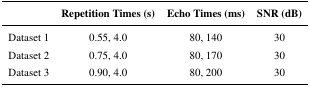
|  | Repetition Times (s) | Echo Times (ms) | SNR (dB) |
 | --- | --- | --- | --- |
 | Dataset 1 | 0.55, 4.0 | 80, 140 | 30 |
 | Dataset 2 | 0.75, 4.0 | 80, 170 | 30 |
 | Dataset 3 | 0.90, 4.0 | 80, 200 | 30 |